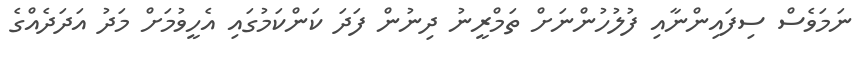
ނަމަވެސް ސިފައިންނާއި ފުލުހުންނަށް ތަމްރީނު ދިނުން ފަދަ ކަންކަމުގައި އެހީވުމަށް މަދު އަދަދެއްގެ